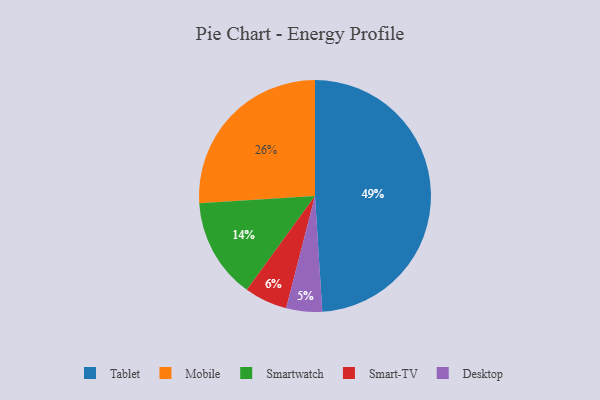
{"axis": {"x": "Category", "y": "Percentage"}, "legend": ["Desktop", "Mobile", "Smart-TV", "Smartwatch", "Tablet"], "data": [{"x": "Smart-TV", "y": 6, "type": "Smart-TV"}, {"x": "Tablet", "y": 49, "type": "Tablet"}, {"x": "Smartwatch", "y": 14, "type": "Smartwatch"}, {"x": "Desktop", "y": 5, "type": "Desktop"}, {"x": "Mobile", "y": 26, "type": "Mobile"}]}